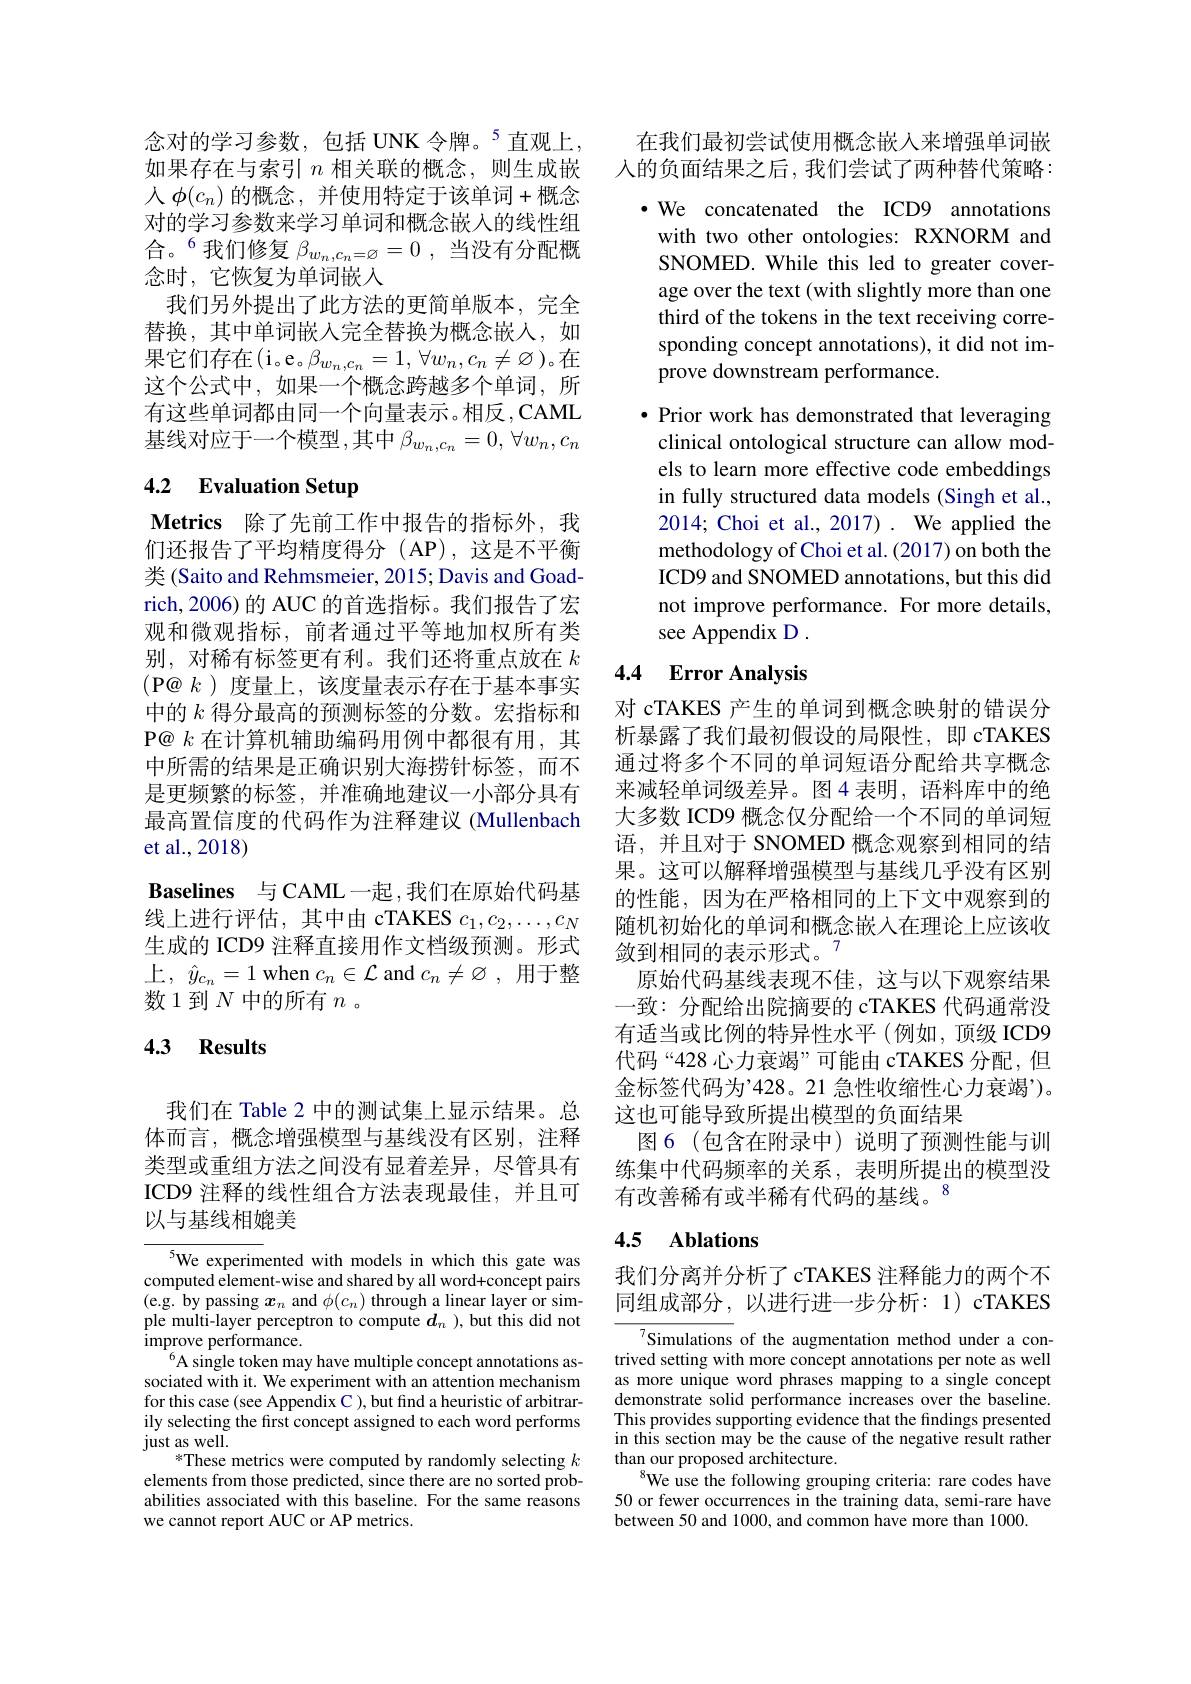
念对的学习参数，包括 UNK 令牌。$^{5}$直观上， 如果存在与索引$n$相关联的概念，则生成嵌人 $\phi(c_n)$ 的概念，并使用特定于该单词+概念对的学习参数来学习单词和概念嵌入的线性组合。$^6$我们修复$\beta_w_n,c_n=\varnothing=0$,当没有分配概念时，它恢复为单词嵌入
我们另外提出了此方法的更简单版本，完全替换，其中单词嵌入完全替换为概念嵌人，如果它们存在(i。e。$\beta_{w_n,c_n}=1,\forall w_n,c_n\neq\varnothing)$。在这个公式中，如果一个概念跨越多个单词，所有这些单词都由同一个向量表示。相反，CAML 基线对应于一个模型 ,其中 $\beta_w_n,c_n=0,\forall w_n,c_n$

# 4.2 Evaluation Setup

Metrics 除了先前工作中报告的指标外，我们还报告了平均精度得分(AP),这是不平衡类 (Saito and Rehmsmeier, 2015; Davis and Goadrich,2006) 的 AUC 的首选指标。我们报告了宏观和微观指标，前者通过平等地加权所有类别，对稀有标签更有利。我们还将重点放在$k$ (P@ $k$ )度量上，该度量表示存在于基本事实中的$k$得分最高的预测标签的分数。宏指标和P@ $k$在计算机辅助编码用例中都很有用，其中所需的结果是正确识别大海捞针标签，而不是更频繁的标签，并准确地建议一小部分具有最高置信度的代码作为注释建议 (Mullenbach et al.,2018)
Baselines 与CAML一起，我们在原始代码基线上进行评估，其中由 cTAKES $c_1,c_2,\ldots,c_N$ 生成的 ICD9 注释直接用作文档级预测。形式上，$\hat{y} _{c_n}= 1$ when $c_n\in\mathcal{L}$ and $c_n\neq\varnothing$, 用于整数1到$N$中的所有$n$。

## 4.3 Results

我们在 Table 2 中的测试集上显示结果。总体而言，概念增强模型与基线没有区别，注释类型或重组方法之间没有显着差异，尽管具有ICD9 注释的线性组合方法表现最佳，并且可以与基线相媲美

$^{5}$We experimented with models in which this gate was computed element-wise and shared by all word+concept pairs $\begin{array}{l}\text{(e.g. by passing }\boldsymbol{x}_{n}\mathrm{~and~}\phi(c_{n})\text{ through a linear layer or sim-}\\\text{ple multi-layer perceptron to compute }d_{n}),\text{but this did not}\end{array}$ $\operatorname*{improve}$performance.
$^{6}$A single token may have multiple concept annotations associated with it. We experiment with an attention mechanism for this case (see Appendix C ), but find a heuristic of arbitrarily selecting the first concept assigned to each word performs just as well.
$^{*}$These metrics were computed by randomly selecting $k$ elements from those predicted, since there are no sorted probabilities associated with this baseline. For the same reasons we cannot report AUC or AP metrics.

在我们最初尝试使用概念嵌入来增强单词嵌人的负面结果之后，我们尝试了两种替代策略：

· We concatenated the ICD9 annotations with two other ontologies: RXNORM and SNOMED. While this led to greater coverage over the text (with slightly more than one third of the tokens in the text receiving corresponding concept annotations), it did not improve downstream performance.

$\bullet$ Prior work has demonstrated that leveraging clinical ontological structure can allow models to learn more effective code embeddings in fully structured data models (Singh et al., 2014; Choi et al., 2017). We applied the methodology of Choi et al. (2017) on both the ICD9 and SNOMED annotations, but this did not improve performance. For more details, see Appendix D .

## 4.4 $\textbf{Error Analysis}$

对 cTAKES 产生的单词到概念映射的错误分析暴露了我们最初假设的局限性，即 cTAKES 通过将多个不同的单词短语分配给共享概念来减轻单词级差异。图4 表明，语料库中的绝大多数 ICD9 概念仅分配给一个不同的单词短语，并且对于 SNOMED 概念观察到相同的结果果。这可以解释增强模型与基线几乎没有区别的性能，因为在严格相同的上下文中观察到的随机初始化的单词和概念嵌入在理论上应该收敛到相同的表示形式。7
原始代码基线表现不佳，这与以下观察结果一致：分配给出院摘要的 cTAKES 代码通常没有适当或比例的特异性水平(例如，顶级 ICD9代码“428 心力衰竭”可能由 cTAKES 分配，但金标签代码为’428。21 急性收缩性心力衰竭’)。这也可能导致所提出模型的负面结果
图 6 (包含在附录中)说明了预测性能与训练集中代码频率的关系，表明所提出的模型没有改善稀有或半稀有代码的基线。$^{8}$

# 4.5 Ablations

我们分离并分析了 cTAKES 注释能力的两个不同组成部分，以进行进一步分析：1)cTAKES

${^{7}\text{Simulations }}$ of the augmentation method under a contrived setting with more concept annotations per note as well as more unique word phrases mapping to a single concept demonstrate solid performance increases over the baseline. This provides supporting evidence that the findings presented in this section may be the cause of the negative result rather than our proposed architecture.
We use the following grouping criteria: rare codes have 50 or fewer occurrences in the training data, semi-rare have between 50 and 1000, and common have more than 1000.